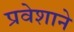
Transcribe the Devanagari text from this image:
प्रवेशाने